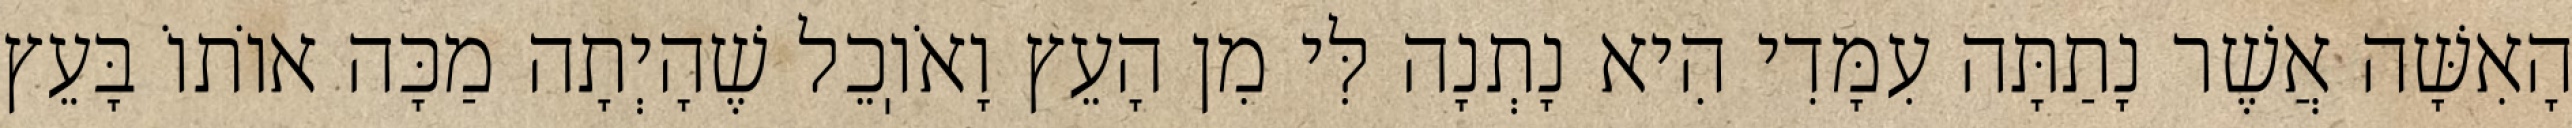
הָאִשָּׁה אֲשֶׁר נָתַתָּה עִמָּדִי הִיא נָתְנָה לִּי מִן הָעֵץ וָאֹוֽכֵל שֶׁהָיְתָה מַכָּה אוֹתוֹ בָּעֵץ